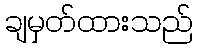
ချမှတ်ထားသည်